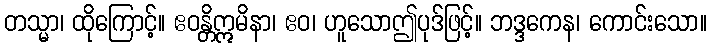
တသ္မာ၊ ထိုကြောင့်။ ဧဝန္တိဣမိနာ၊ ဧဝ၊ ဟူသောဤပုဒ်ဖြင့်။ ဘဒ္ဒကေန၊ ကောင်းသော။